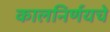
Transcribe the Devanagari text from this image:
कालनिर्णयचे